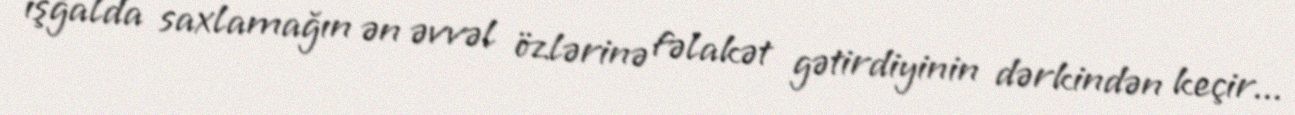
işğalda saxlamağın ən əvvəl özlərinə fəlakət gətirdiyinin dərkindən keçir...